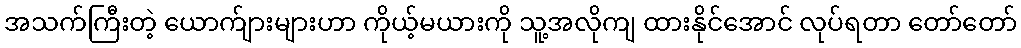
အသက်ကြီးတဲ့ ယောက်ျားများဟာ ကိုယ့်မယားကို သူ့အလိုကျ ထားနိုင်အောင် လုပ်ရတာ တော်တော်